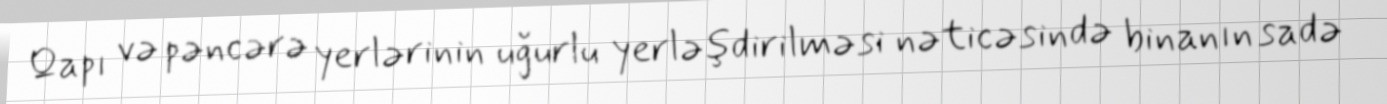
Qapı və pəncərə yerlərinin uğurlu yerləşdirilməsi nəticəsində binanın sadə